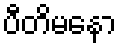
ပီတိမနော